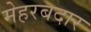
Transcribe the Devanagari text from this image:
मेहरबदार